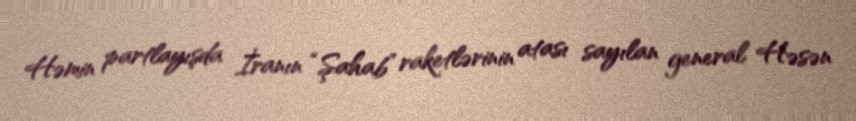
Həmin partlayışda İranın “Şahab” raketlərinin atası sayılan general Həsən